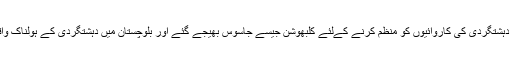
بلوچستان کے اندر دہشتگردی کی کاروائیوں کو منظم کرنے کےلئے کلبھوشن جیسے جاسوس بھیجے گئے اور بلوچستان میں دہشتگردی کے ہولناک واقعات رونما ہوئے۔